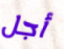
أجل